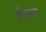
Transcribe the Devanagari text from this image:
कैंसल